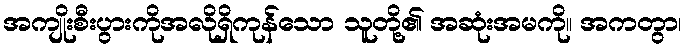
အကျိုးစီးပွားကိုအလိုရှိကုန်သော သူတို့၏ အဆုံးအမကို။ အကတွာ၊